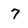
Character: 7